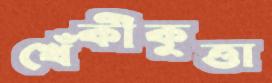
খেঁকীকুত্তা